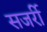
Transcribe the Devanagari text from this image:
सजर्री